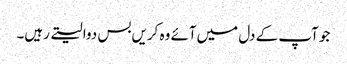
جو آپ کے دل میں‌آئے وہ کریں‌بس دوا لیتے رہیں۔